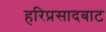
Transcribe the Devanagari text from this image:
हरिप्रसादबाट